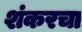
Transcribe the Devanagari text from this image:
शंकरचा